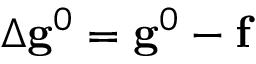
\Delta \mathbf { g } ^ { 0 } = \mathbf { g } ^ { 0 } - \mathbf { f }